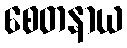
စေတနာယ